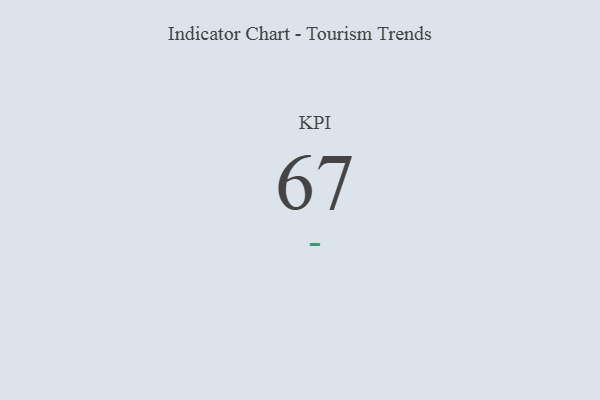
{"axis": {"x": "KPI", "y": "Value"}, "legend": [""], "data": [{"x": "KPI", "y": 67, "type": ""}]}